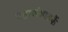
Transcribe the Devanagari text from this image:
महासंघातर्फे